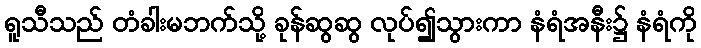
ရူသီသည် တံခါးမဘက်သို့ ခုန်ဆွဆွ လုပ်၍သွားကာ နံရံအနီး၌ နံရံကို